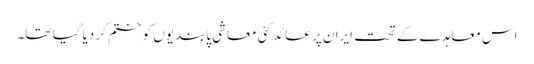
اس معاہدے کے تحت ایران پر عائد کئی معاشی پابندیوں کو ختم کر دیا گیا تھا۔